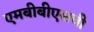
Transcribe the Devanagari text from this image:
एमबीबीएसची